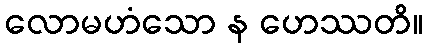
လောမဟံသော န ဟေဿတိ။